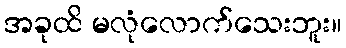
အခုထိ မလုံလောက်သေးဘူး။